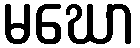
မဃော